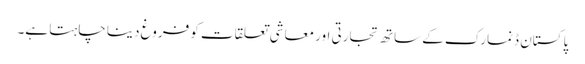
پاکستان ڈنمارک کے ساتھ تجارتی اور معاشی تعلقات کو فروغ دینا چاہتا ہے۔